Scottish Leaving Certificate Examination, 1960
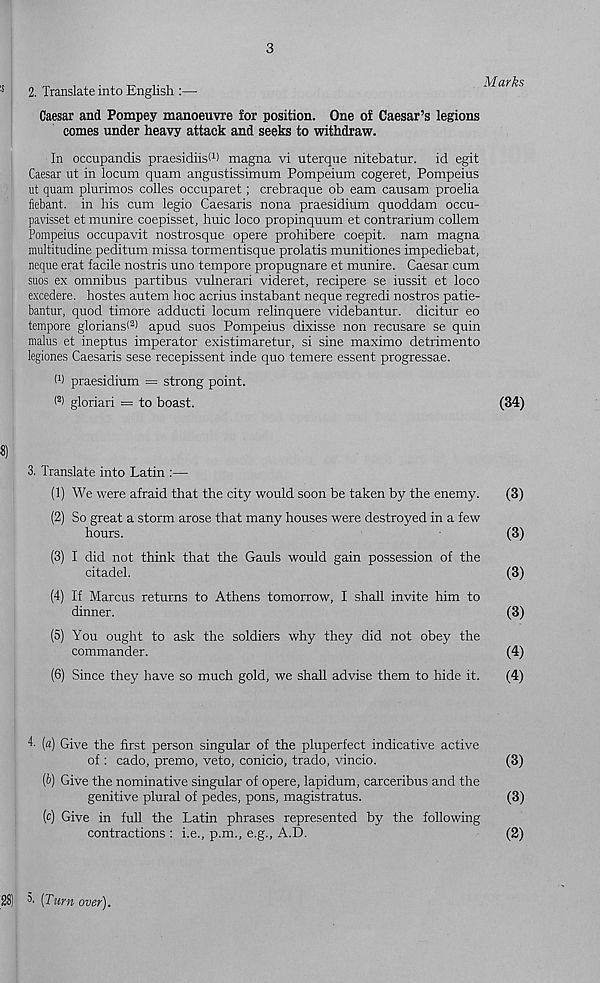
3
!S
2. Translate into English :—-
Caesar and Pompey manoeuvre for position. One of Caesar’s legions
comes under heavy attack and seeks to withdraw.
In occupandis praesidiisl 1 ) magna vi uterque nitebatur. id egit
Caesar ut in locum quam angustissimum Pompeium cogeret, Pompeius
lit quam plurimos colles occuparet; crebraque ob earn causam proelia
fiebant. in his cum legio Caesaris nona praesidium quoddam occu-
pavisset et munire coepisset, huic loco propinquum et contrarium collem
Pompeius occupavit nostrosque opere prohibere coepit. nam magna
multitudine peditum missa tormentisque prolatis munitiones impediebat,
neque erat facile nostris uno tempore propugnare et munire. Caesar cum
suos ex omnibus partibus vulnerari videret, recipere se iussit et loco
excedere. hostes autem hoc acrius instabant neque regredi nostros patie-
bantur, quod timore adducti locum relinquere videbantur. dicitur eo
tempore glorians< 2 ) apud suos Pompeius dixisse non recusare se quin
malus et ineptus imperator existimaretur, si sine maximo detrimento
legiones Caesaris sese recepissent inde quo temere essent progressae.
W praesidium = strong point.
< 2 ) gloriari = to boast.
(34)
«)
3. Translate into Latin :—
(1) We were afraid that the city would soon be taken by the enemy.
(3)
(2) So great a storm arose that many houses were destroyed in a few
hours.
(3)
(3) I did not think that the Gauls would gain possession of the
citadel.
(3)
(4) If Marcus returns to Athens tomorrow, I shall invite him to
dinner.
(3)
(5) You ought to ask the soldiers why they did not obey the
commander.
(4)
(6) Since they have so much gold, we shall advise them to hide it.
(4)
4. (a) Give the first person singular of the pluperfect indicative active
of : cado, premo, veto, conicio, trado, vincio.
(3)
(6) Give the nominative singular of opere, lapidum, carceribus and the
genitive plural of pedes, pons, magistratus.
(3)
(c) Give in full the Latin phrases represented by the following
contractions : i.e., p.m., e.g., A.D.
(2)
^ [Turn over).